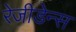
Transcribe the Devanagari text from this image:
रेजीडेन्स